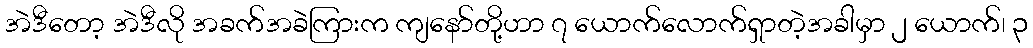
အဲဒီတော့ အဲဒီလို အခက်အခဲကြားက ကျနော်တို့ဟာ ၇ ယောက်လောက်ရှာတဲ့အခါမှာ ၂ ယောက်၊ ၃